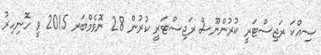
ސިއްކަ ރަޖިސްޓަރީ ކުރުންނޫސް ރަޖިސްޓަރީ ކުރުން 28 ނޮވެމްބަރ 2015 ވީ ހޮނިހިރު